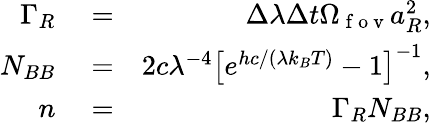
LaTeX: \begin{array}{rlr}{\Gamma_{R}}&{{}=}&{\Delta\lambda\Delta t\Omega_{\mathrm{~f~o~v~}}a_{R}^{2},}\\ {N_{BB}}&{{}=}&{2c\lambda^{-4}\left[e^{hc/(\lambda k_{B}T)}-1\right]^{-1},}\\ {n}&{{}=}&{\Gamma_{R}N_{BB},}\end{array}